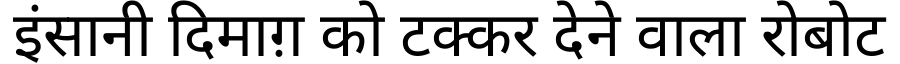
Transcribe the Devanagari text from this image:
इंसानी दिमाग़ को टक्कर देने वाला रोबोट